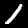
Digit: 1